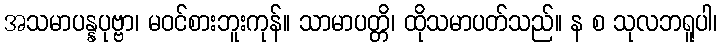
အသမာပန္နပုဗ္ဗာ၊ မဝင်စားဘူးကုန်။ သာမာပတ္တိ၊ ထိုသမာပတ်သည်။ န စ သုလဘရူပါ၊